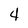
Character: 4